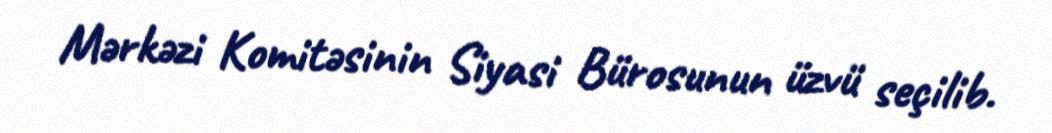
Mərkəzi Komitəsinin Siyasi Bürosunun üzvü seçilib.